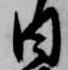
日